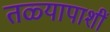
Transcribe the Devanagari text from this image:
तळ्यापाशीं